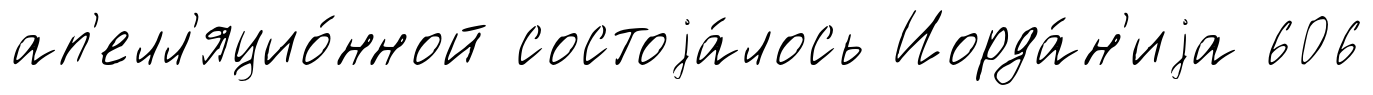
ап'елл'яцио́нной состоjа́лось Иорда́н'иjа 606